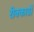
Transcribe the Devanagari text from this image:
रीक्कार्डो